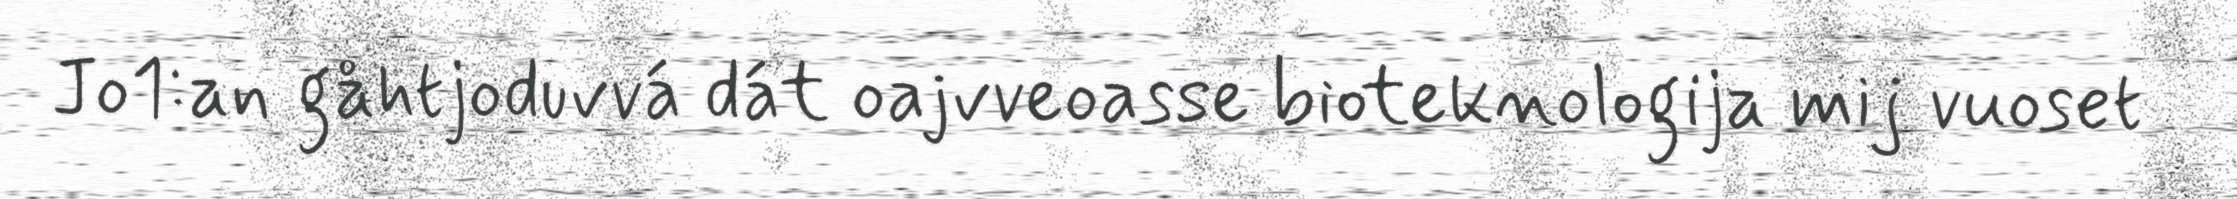
Jo1:an gåhtjoduvvá dát oajvveoasse bioteknologija mij vuoset